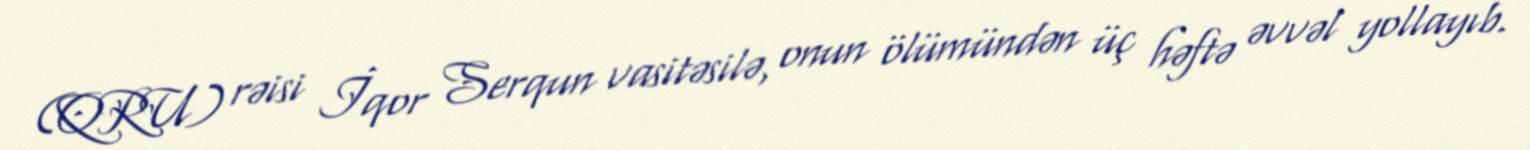
(QRU) rəisi İqor Serqun vasitəsilə, onun ölümündən üç həftə əvvəl yollayıb.